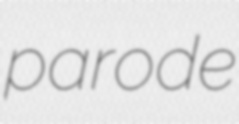
parode